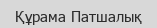
Құрама Патшалық